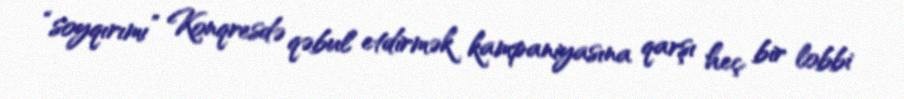
“soyqırımı” Konqresdə qəbul etdirmək kampaniyasına qarşı heç bir lobbi